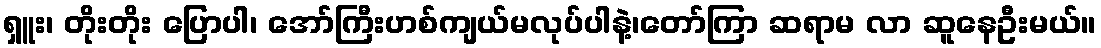
ရှူး၊ တိုးတိုး ပြောပါ၊ အော်ကြီးဟစ်ကျယ်မလုပ်ပါနဲ့၊တော်ကြာ ဆရာမ လာ ဆူနေဦးမယ်။